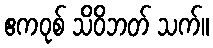
ဧကဝုစ် သိဝိဘတ် သက်။